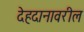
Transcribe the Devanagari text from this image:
देहदानावरील